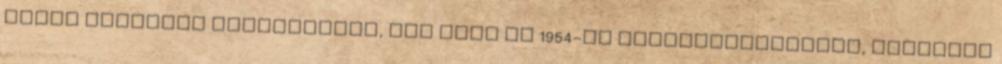
elért olimpiai győzelemnek, ott volt az 1954-es világbajnokságon, valamint